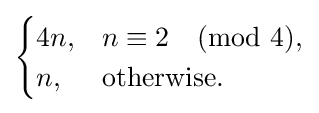
{\begin{cases}4n,&n\equiv 2{\pmod {4}},\\n,&{\text{otherwise.}}\end{cases}}